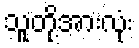
သူတို့အားလုံး